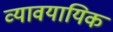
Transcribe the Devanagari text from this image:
व्‍यावयायिक